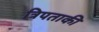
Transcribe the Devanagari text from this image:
त्रिपताकी